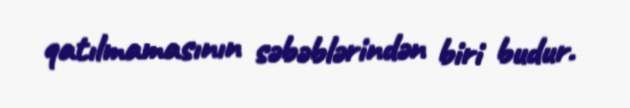
qatılmamasının səbəblərindən biri budur.